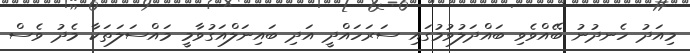
މިއަދު ހެނދުނު ބޭއްވެވި ބައްދަލުވުމުގައި ސަރަހައްދީ އަދި ބައިނަލްއަގުވާމީ މައްސަލަތަކާ މެދު ވެސް